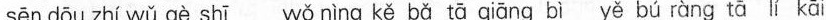
sēnd5u zhl wū gè shi wǒ ning kǚ bǎ qjiāng bl yè bú rùng tā l kāi